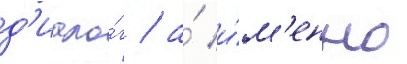
д'иало́г / а́ и́м'енно